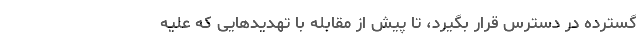
گسترده در دسترس قرار بگیرد، تا پیش از مقابله با تهدیدهایی که علیه